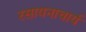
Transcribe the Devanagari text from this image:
रसायनाचार्य